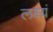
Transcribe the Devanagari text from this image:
लक्ष्यं